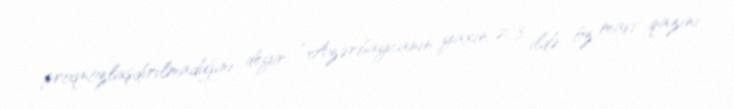
proqnozlaşdırılmadığını deyir: “Azərbaycanın yaxın 2-3 ildə öz mavi qazını